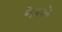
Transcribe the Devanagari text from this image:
मेरले